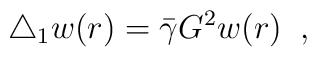
\triangle_{1}w(r)=\bar{\gamma}G^{2}w(r) \;\;,